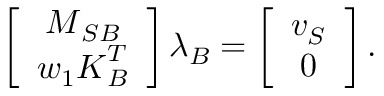
\begin{array} { r } { \left[ \begin{array} { c } { \boldsymbol { M } _ { S B } } \\ { w _ { 1 } \boldsymbol { K } _ { B } ^ { T } } \end{array} \right] \boldsymbol { \lambda } _ { B } = \left[ \begin{array} { c } { \boldsymbol { v } _ { S } } \\ { \boldsymbol { 0 } } \end{array} \right] . } \end{array}